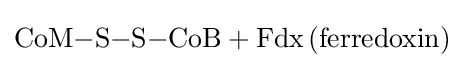
{\ce {CoM-S-S-CoB + Fdx (ferredoxin)}}